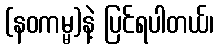
(နဝကမ္မ)နဲ့ ပြင်ရပါတယ်၊